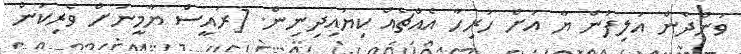
ވަންދެން އަލިފުން ޔާ އަށް ހުރިހާ އެއްޗެއް ކިޔައިދިނިން. [ރައީސް ޔާމީނަށް ވެރިކަން